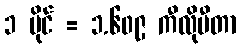
၁ မိုင် = ၁.၆၀၉ ကီလိုမီတာ